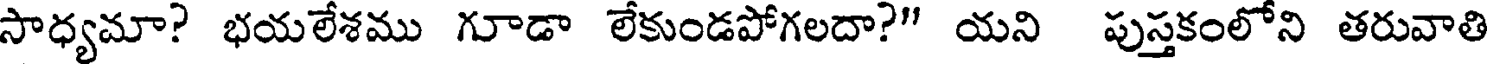
సాధ్యమా? భయలేశము గూడా లేకుండపోగలదా?" యని పుస్తకంలోని తరువాతి